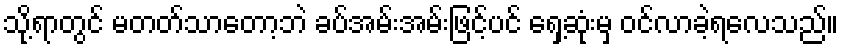
သို့ရာတွင် မတတ်သာတော့ဘဲ ခပ်အမ်းအမ်းဖြင့်ပင် ရှေ့ဆုံးမှ ဝင်လာခဲ့ရလေသည်။